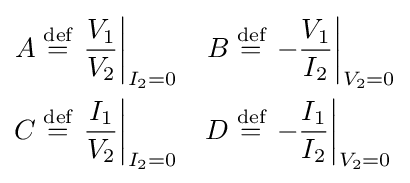
{\begin{aligned}A&\mathrel {\stackrel {\text{def}}{=}} \left.{\frac {V_{1}}{V_{2}}}\right|_{I_{2}=0}&B&\mathrel {\stackrel {\text{def}}{=}} \left.-{\frac {V_{1}}{I_{2}}}\right|_{V_{2}=0}\\C&\mathrel {\stackrel {\text{def}}{=}} \left.{\frac {I_{1}}{V_{2}}}\right|_{I_{2}=0}&D&\mathrel {\stackrel {\text{def}}{=}} \left.-{\frac {I_{1}}{I_{2}}}\right|_{V_{2}=0}\end{aligned}}